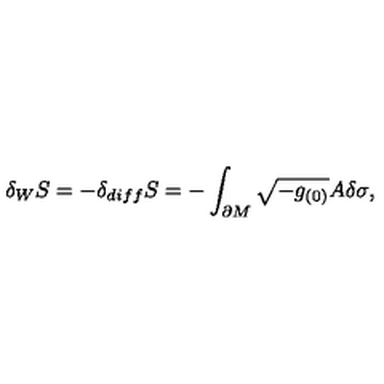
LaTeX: \delta _ { W } S = - \delta _ { d i f f } S = - \int _ { \partial M } \sqrt { - g _ { ( 0 ) } } A \delta \sigma ,